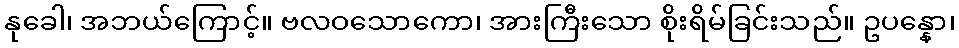
နုခေါ၊ အဘယ်ကြောင့်။ ဗလဝသောကော၊ အားကြီးသော စိုးရိမ်ခြင်းသည်။ ဥပန္နော၊